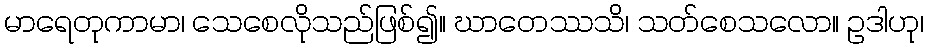
မာရေတုကာမာ၊ သေစေလိုသည်ဖြစ်၍။ ဃာတေဿသိ၊ သတ်စေသလော။ ဥဒါဟု၊